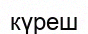
күреш